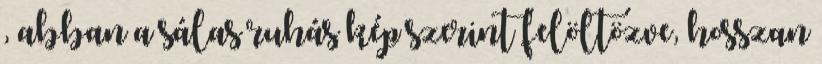
, abban a sálas ruhás kép szerint felöltözve, hosszan